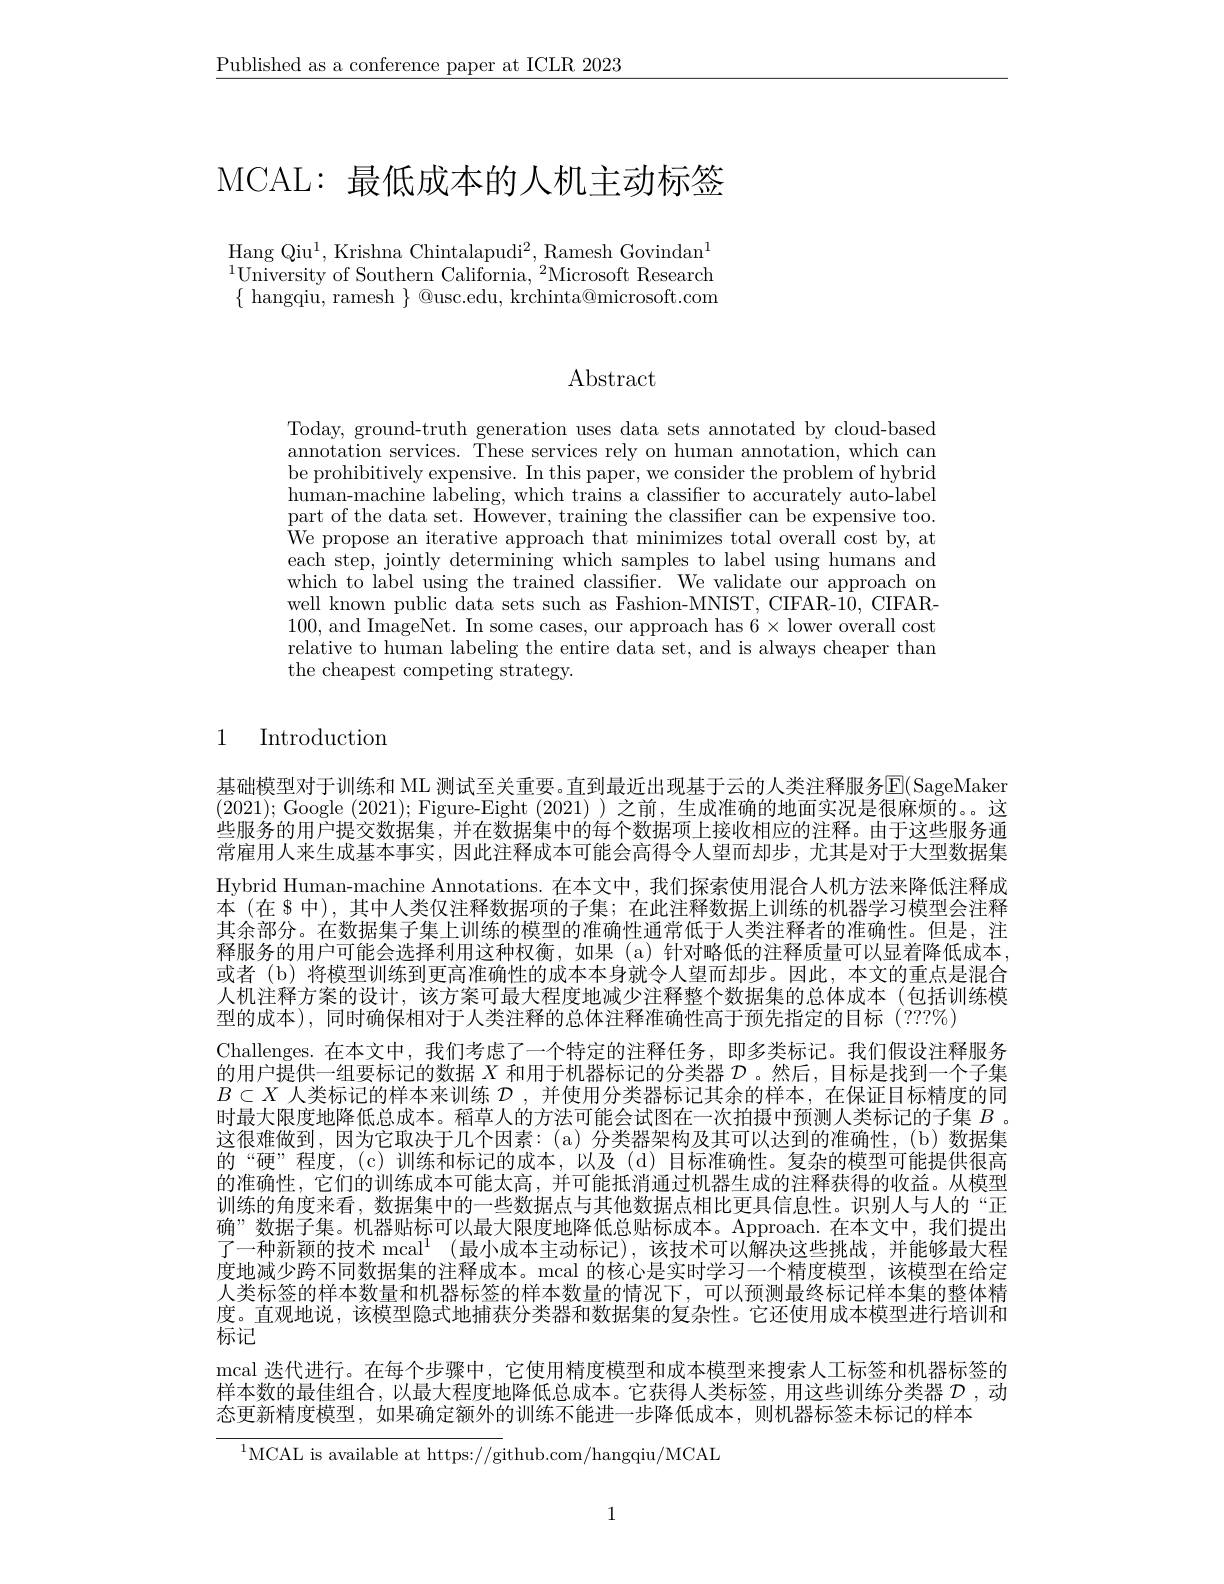
$\underline{\text{Published as a conference paper at ICLR 2023}}$

# MCAL: 最低成本的人机主动标签

Hang Qi$u^{1}$, Krishna Chintalapud$i^{2}$, Ramesh Govinda$n^{1}$ $^{1}$University of Southern California,$^{\prime}$Microsoft Research $\{$ hangqiu, ramesh $\}$ @usc.edu, krchinta@microsoft.com

# $\operatorname{Abstract}$

Today, ground-truth generation uses data sets annotated by cloud-based annotation services. These services rely on human annotation, which can human-machine labeling, which trains a classifier to accurately auto-label part of the data set. However, training the classifier can be expensive too. We propose an iterative approach that minimizes total overall cost by, at each step, jointly determining which samples to label using humans and which to label using the trained classifier. We validate our approach on well known public data sets such as Fashion-MNIST, CIFAR-10, CIFAR- 100, and ImageNet. In some cases, our approach has $6\times$lower overall cost relative to human labeling the entire data set, and is always cheaper than the cheapest competing strategy.

## 1 Introduction

基础模型对于训练和 ML 测试至关重要。直到最近出现基于云的人类注释服务$\overline{\mathrm{E}}($SageMaker (2021); Google (2021); Figure-Eight (2021) )之前，生成准确的地面实况是很麻烦的。。这些服务的用户提交数据集，并在数据集中的每个数据项上接收相应的注释。由于这些服务通常雇用人来生成基本事实，因此注释成本可能会高得令人望而却步，尤其是对于大型数据集Hybrid Human-machine Annotations. 在本文中，我们探索使用混合人机方法来降低注释成本 (在$\$$中),其中人类仅注释数据项的子集；在此注释数据上训练的机器学习模型会注释其余部分。在数据集子集上训练的模型的准确性通常低于人类注释者的准确性。但是，注释服务的用户可能会选择利用这种权衡，如果(a)针对略低的注释质量可以显着降低成本或者 (b) 将模型训练到更高准确性的成本本身就令人望而却步。因此，本文的重点是混合人机注释方案的设计，该方案可最大程度地减少注释整个数据集的总体成本 (包括训练模型的成本),同时确保相对于人类注释的总体注释准确性高于预先指定的目标(???%)
Challenges.在本文中，我们考虑了一个特定的注释任务，即多类标记。我们假设注释服务的用户提供一组要标记的数据$X$和用于机器标记的分类器$\mathcal{D}$ 。然后，目标是找到一个子集$B\subset X$人类标记的样本来训练$\mathcal{D}$,并使用分类器标记其余的样本，在保证目标精度的同时最大限度地降低总成本。稻草人的方法可能会试图在一次拍摄中预测人类标记的子集$B$ 。这很难做到，因为它取决于几个因素：(a)分类器架构及其可以达到的准确性，(b)数据集的“硬”程度，(c)训练和标记的成本，以及(d)目标准确性。复杂的模型可能提供很高的准确性，它们的训练成本可能太高，并可能抵消通过机器生成的注释获得的收益。从模型训练的角度来看，数据集中的一些数据点与其他数据点相比更具信息性。识别人与人的“正确”数据子集。机器贴标可以最大限度地降低总贴标成本。Approach.在本文中，我们提出了一种新颖的技术 $\mathrm{mcal}^1$ (最小成本主动标记),该技术可以解决这些挑战，并能够最大程度地减少跨不同数据集的注释成本。mcal 的核心是实时学习一个精度模型，该模型在给定人类标签的样本数量和机器标签的样本数量的情况下，可以预测最终标记样本集的整体精度。直观地说，该模型隐式地捕获分类器和数据集的复杂性。它还使用成本模型进行培训和标记
mcal 迭代进行。在每个步骤中，它使用精度模型和成本模型来搜索人工标签和机器标签的样本数的最佳组合，以最大程度地降低总成本。它获得人类标签，用这些训练分类器$\mathcal{D}$ ,动态更新精度模型，如果确定额外的训练不能进一步降低成本，则机器标签未标记的样本
$^{1}$MCAL is available at https://github.com/hangqiu/MCAL

1